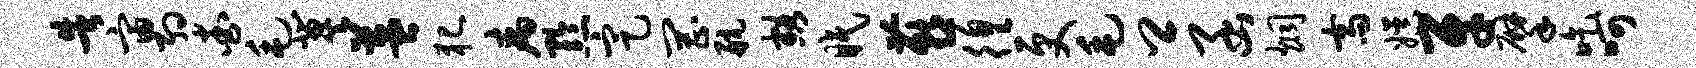
告宙约查毛冀益犯病黔定罔航豁眠燕徨更毛卿函炯斋娱牙擘吃呵